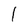
Character: 1